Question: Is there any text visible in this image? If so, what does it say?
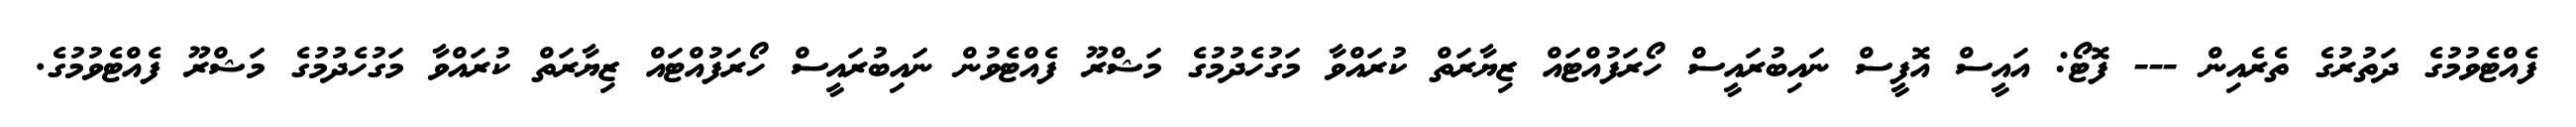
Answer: ފެއްޓެވުމުގެ ދަތުރުގެ ތެރެއިން --- ފޮޓޯ: އައީސް އޮފީސް ނައިބުރައީސް ހޯރަފުއްޓައް ޒިޔާރަތް ކުރައްވާ މަގުހެދުމުގެ މަޝްރޫ ފެއްޓެވުން ނައިބުރައީސް ހޯރަފުއްޓައް ޒިޔާރަތް ކުރައްވާ މަގުހެދުމުގެ މަޝްރޫ ފެއްޓެވުމުގެ.